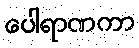
ပေါရာဏကာ